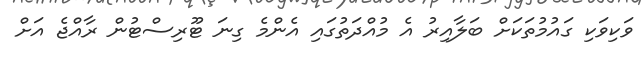
ވަކިވަކި ގައުމުތަކަށް ބަލާއިރު އެ މުއްދަތުގައި އެންމެ ގިނަ ޓޫރިސްޓުން ރާއްޖެ އަށް